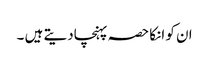
ان کو انکا حصہ پہنچادیتے ہیں ۔